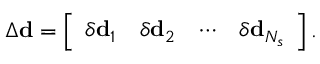
\Delta \mathbf { d } = \left[ \begin{array} { l l l l } { \delta \mathbf { d } _ { 1 } } & { \delta \mathbf { d } _ { 2 } } & { \cdots } & { \delta \mathbf { d } _ { N _ { s } } } \end{array} \right] .